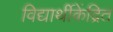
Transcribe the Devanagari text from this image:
विद्यार्थीकेंद्रित